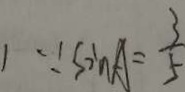
) \because \sin A = \frac { 3 } { 5 }